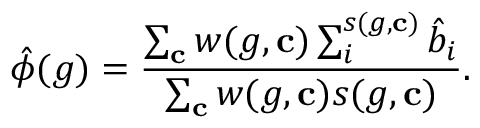
\hat { \phi } ( g ) = \frac { \sum _ { \mathbf { c } } w ( g , \mathbf { c } ) \sum _ { i } ^ { s ( g , \mathbf { c } ) } \hat { b } _ { i } } { \sum _ { \mathbf { c } } w ( g , \mathbf { c } ) s ( g , \mathbf { c } ) } .